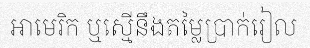
អាមេរិក ឬស្មើនឹងតម្លៃប្រាក់រៀល